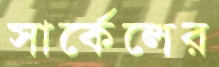
সার্কেলের